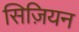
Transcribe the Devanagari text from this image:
सिज़ियन